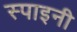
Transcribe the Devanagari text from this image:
स्पाइनी